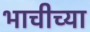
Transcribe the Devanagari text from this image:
भाचीच्या